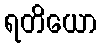
ရတိယော